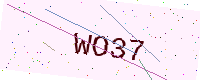
Text: WO37